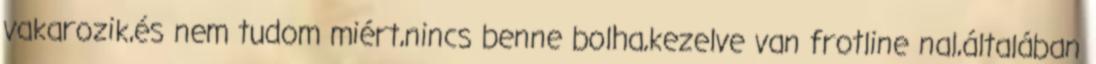
vakarozik,és nem tudom miért,nincs benne bolha,kezelve van frotline nal,általában